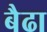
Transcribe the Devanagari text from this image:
बैढा